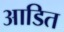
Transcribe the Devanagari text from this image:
आडित